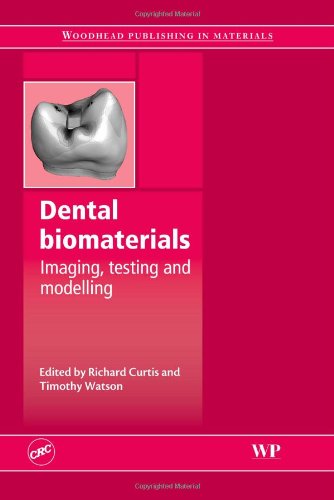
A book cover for Dental Biomaterials: Imaging, Testing and Modelling (Woodhead Publishing Series in Biomaterials); Medical Books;